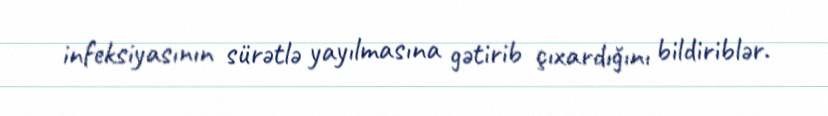
infeksiyasının sürətlə yayılmasına gətirib çıxardığını bildiriblər.